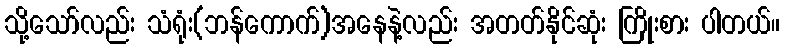
သို့သော်လည်း သံရုံး(ဘန်ကောက်)အနေနဲ့လည်း အတတ်နိုင်ဆုံး ကြိုးစား ပါတယ်။